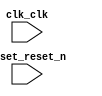

module system (
	clk_clk,
	reset_reset_n);	

	input		clk_clk;
	input		reset_reset_n;
endmodule